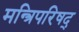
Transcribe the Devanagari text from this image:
मन्त्रिपरिषद्‍